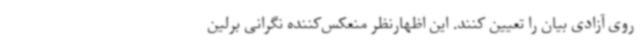
روی آزادی بیان را تعیین کنند. این اظهارنظر منعکس‌کننده نگرانی برلین